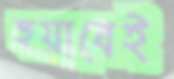
হুয়াবেই